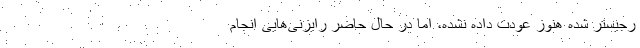
رجیستر شده هنوز عودت داده نشده، اما در حال حاضر رایزنی‌هایی انجام